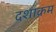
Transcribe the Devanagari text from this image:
दशाक्रम